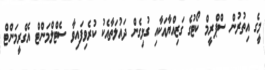
މީގެ އިތުރުން ސްޕްރީމް ކޯޓުގެ ގަޒިއްޔާއަކާއި ގުޅިގެން ދައުލަތާއެކު ކުރެވިފައިވާ ސެޓްލްމަންޓް އެގްރީމަންޓް